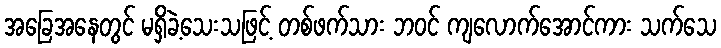
အခြေအနေတွင် မရှိခဲ့သေးသဖြင့် တစ်ဖက်သား ဘဝင် ကျလောက်အောင်ကား သက်သေ